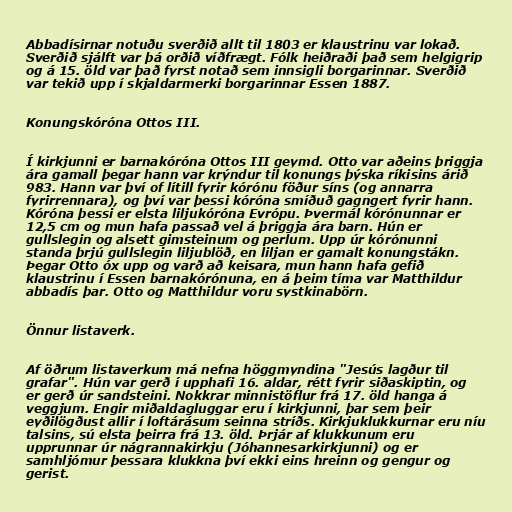
Abbadísirnar notuðu sverðið allt til 1803 er klaustrinu var lokað.
Sverðið sjálft var þá orðið víðfrægt. Fólk heiðraði það sem helgigrip
og á 15. öld var það fyrst notað sem innsigli borgarinnar. Sverðið
var tekið upp í skjaldarmerki borgarinnar Essen 1887.

Konungskóróna Ottos III.

Í kirkjunni er barnakóróna Ottos III geymd. Otto var aðeins þriggja
ára gamall þegar hann var krýndur til konungs þýska ríkisins árið
983. Hann var því of lítill fyrir kórónu föður síns (og annarra
fyrirrennara), og því var þessi kóróna smíðuð gagngert fyrir hann.
Kóróna þessi er elsta liljukóróna Evrópu. Þvermál kórónunnar er
12,5 cm og mun hafa passað vel á þriggja ára barn. Hún er
gullslegin og alsett gimsteinum og perlum. Upp úr kórónunni
standa þrjú gullslegin liljublöð, en liljan er gamalt konungstákn.
Þegar Otto óx upp og varð að keisara, mun hann hafa gefið
klaustrinu í Essen barnakórónuna, en á þeim tíma var Matthildur
abbadís þar. Otto og Matthildur voru systkinabörn.

Önnur listaverk.

Af öðrum listaverkum má nefna höggmyndina "Jesús lagður til
grafar". Hún var gerð í upphafi 16. aldar, rétt fyrir siðaskiptin, og
er gerð úr sandsteini. Nokkrar minnistöflur frá 17. öld hanga á
veggjum. Engir miðaldagluggar eru í kirkjunni, þar sem þeir
eyðilögðust allir í loftárásum seinna stríðs. Kirkjuklukkurnar eru níu
talsins, sú elsta þeirra frá 13. öld. Þrjár af klukkunum eru
upprunnar úr nágrannakirkju (Jóhannesarkirkjunni) og er
samhljómur þessara klukkna því ekki eins hreinn og gengur og
gerist.